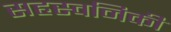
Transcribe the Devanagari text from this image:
सहस्वनिकी